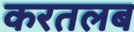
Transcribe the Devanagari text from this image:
करतलब